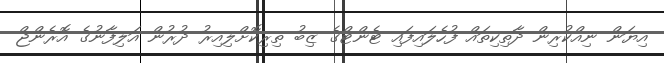
އިޔަން ނިއްކުރިން ދާތިކިތައް ފުހެލައިފައި ޓެންޓްގެ ޒިބު ތިރިކޮށްލިއިރު ދުރުން އަލިފާނުގެ އޮރެންޖް